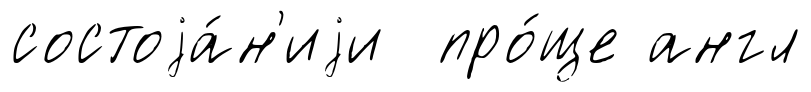
состоjа́н'иjи про́ще англ